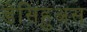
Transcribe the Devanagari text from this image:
डेसिहुअस